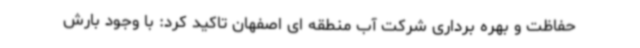
حفاظت و بهره برداری شرکت آب منطقه ای اصفهان تاکید کرد: با وجود بارش